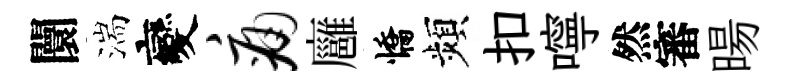
闤湍變痛廱憍頻扣嚀然審暘